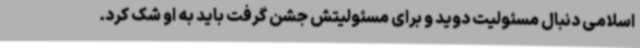
اسلامی دنبال مسئولیت دوید و برای مسئولیتش جشن گرفت باید به او شک کرد.